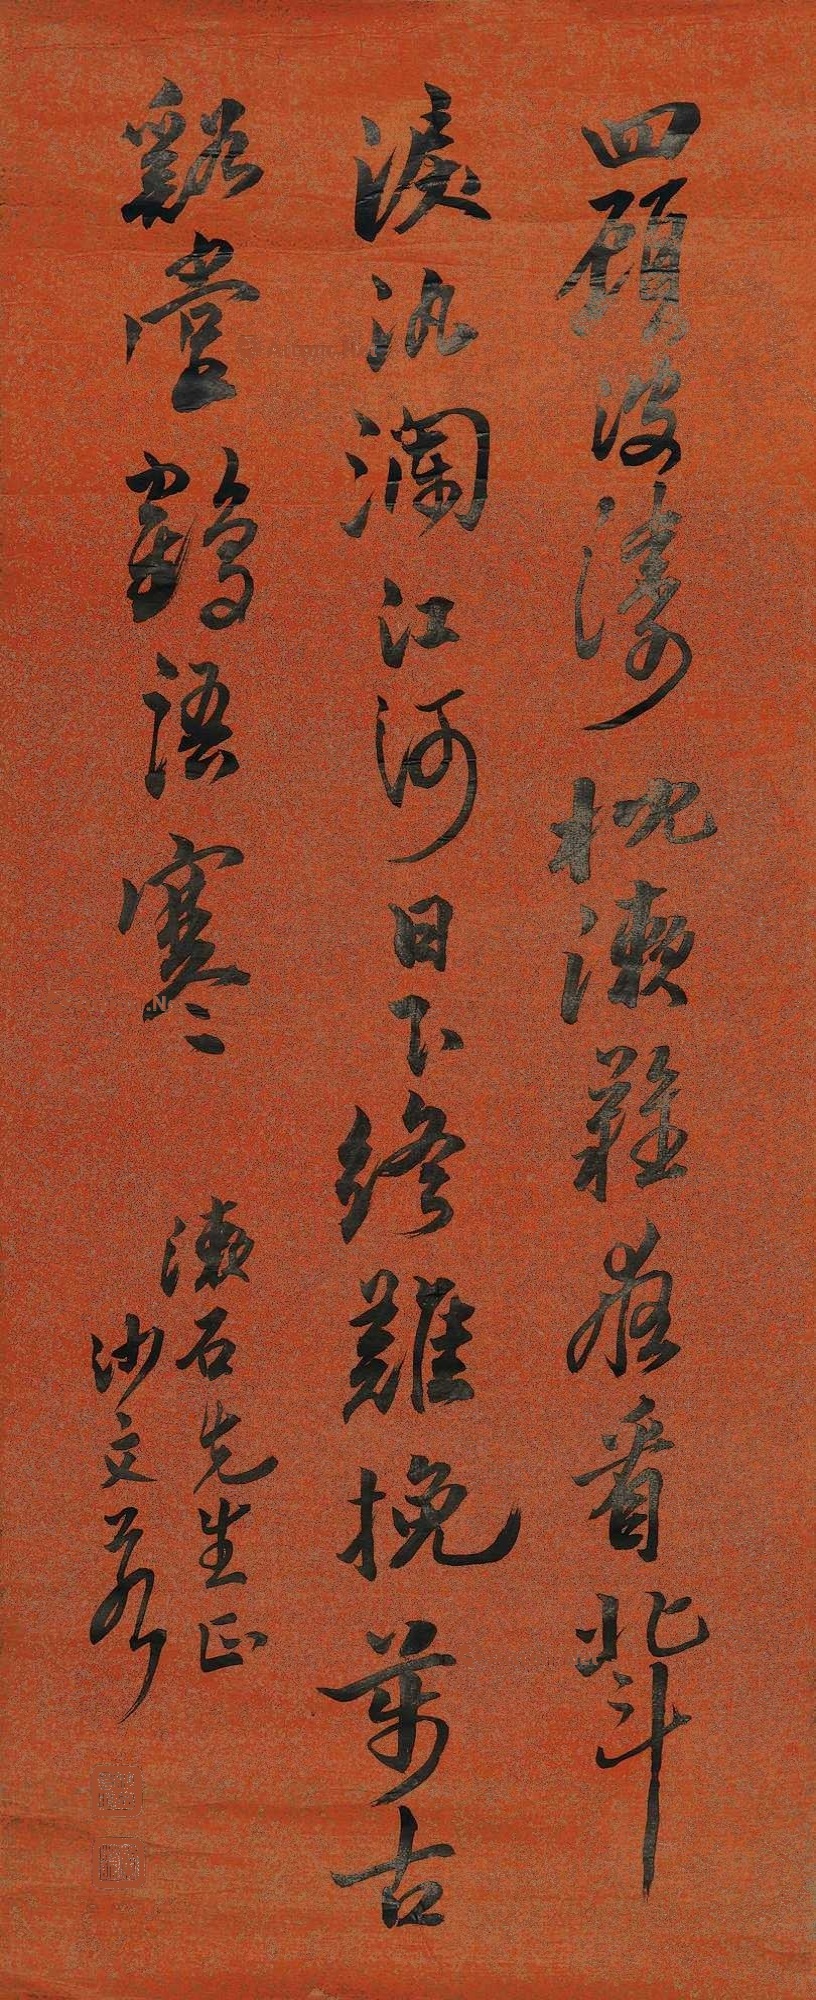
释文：四顾波涛枕漱难，夜看北斗泪汍澜。江河日下终难挽，万古溪堂鹤语寒。漱石先生正，沙文若。